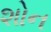
શોન